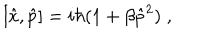
[ \hat { x } , \hat { p } ] = i \hbar ( 1 + \beta \hat { p } ^ { 2 } ) \; ,